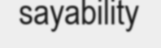
sayability